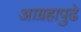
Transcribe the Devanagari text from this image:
आग्रहापुढे